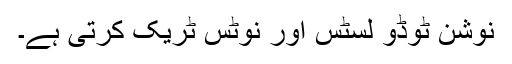
نوشن ٹوڈو لسٹس اور نوٹس ٹریک کرتی ہے۔